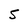
Character: S